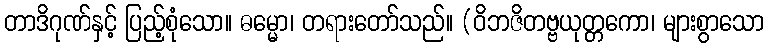
တာဒိဂုဏ်နှင့် ပြည့်စုံသော။ ဓမ္မော၊ တရားတော်သည်။ (ဝိဘဇိတဗ္ဗယုတ္တကော၊ များစွာသော